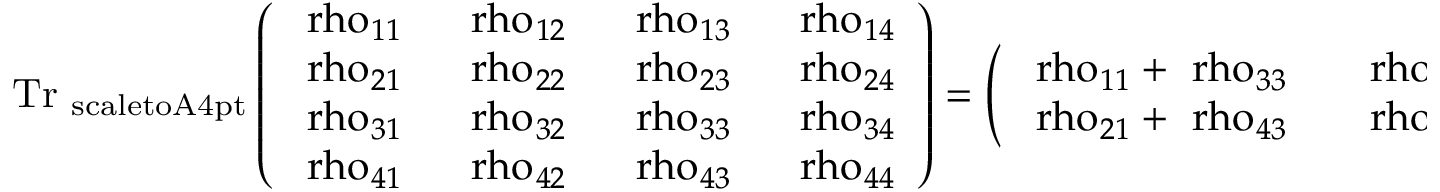
\mathrm { { T r } _ { \ s c a l e t o { A } { 4 p t } } \left( \begin{array} { l l l l } { \ r h o _ { 1 1 } ~ } & { \ r h o _ { 1 2 } ~ } & { \ r h o _ { 1 3 } ~ } & { \ r h o _ { 1 4 } } \\ { \ r h o _ { 2 1 } ~ } & { \ r h o _ { 2 2 } ~ } & { \ r h o _ { 2 3 } ~ } & { \ r h o _ { 2 4 } } \\ { \ r h o _ { 3 1 } ~ } & { \ r h o _ { 3 2 } ~ } & { \ r h o _ { 3 3 } ~ } & { \ r h o _ { 3 4 } } \\ { \ r h o _ { 4 1 } ~ } & { \ r h o _ { 4 2 } ~ } & { \ r h o _ { 4 3 } ~ } & { \ r h o _ { 4 4 } } \end{array} \right) = \left( \begin{array} { l l } { \ r h o _ { 1 1 } + \ r h o _ { 3 3 } ~ ~ } & { \ r h o _ { 1 2 } + \ r h o _ { 3 4 } } \\ { \ r h o _ { 2 1 } + \ r h o _ { 4 3 } ~ ~ } & { \ r h o _ { 2 2 } + \ r h o _ { 4 4 } } \end{array} \right) }